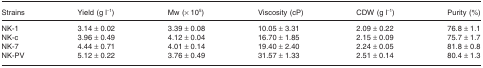
<table><thead><tr><td><b>Strains</b></td><td><b>Yield (g l<sup>−1</sup>)</b></td><td><b>Mw (× 10<sup>5</sup>)</b></td><td><b>Viscosity (cP)</b></td><td><b>CDW (g l<sup>−1</sup>)</b></td><td><b>Purity (%)</b></td></tr></thead><tbody><tr><td>NK-1</td><td>3.14 ± 0.02</td><td>3.39 ± 0.08</td><td>10.05 ± 3.31</td><td>2.09 ± 0.22</td><td>76.8 ± 1.1</td></tr><tr><td>NK-c</td><td>3.96 ± 0.49</td><td>4.12 ± 0.04</td><td>16.70 ± 1.85</td><td>2.15 ± 0.09</td><td>75.7 ± 1.7</td></tr><tr><td>NK-7</td><td>4.44 ± 0.71</td><td>4.01 ± 0.14</td><td>19.40 ± 2.40</td><td>2.24 ± 0.05</td><td>81.8 ± 0.8</td></tr><tr><td>NK-PV</td><td>5.12 ± 0.22</td><td>3.76 ± 0.49</td><td>31.57 ± 1.33</td><td>2.51 ± 0.14</td><td>80.4 ± 1.3</td></tr></tbody></table>